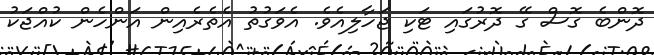
ދޮންބެ ގޮސް ގޭ ދޮރުގައި ޓަކި ޖަހާލިއެވެ. އެވަގުތު އެތެރެއިން އަންހެން ކުއްޖަކު